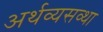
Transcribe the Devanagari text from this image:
अर्थव्यसव्था